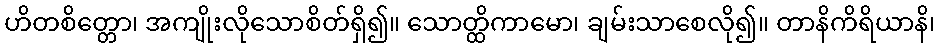
ဟိတစိတ္တော၊ အကျိုးလိုသောစိတ်ရှိ၍။ သောတ္ထိကာမော၊ ချမ်းသာစေလို၍။ တာနိကိရိယာနိ၊